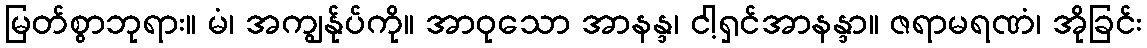
မြတ်စွာဘုရား။ မံ၊ အကျွန်ုပ်ကို။ အာဝုသော အာနန္ဒ၊ ငါ့ရှင်အာနန္ဒာ။ ဇရာမရဏံ၊ အိုခြင်း